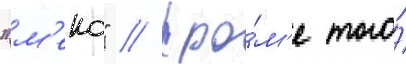
"м'еко" // Кро́м'е того́